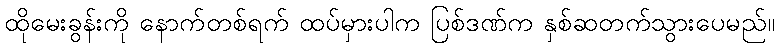
ထိုမေးခွန်းကို နောက်တစ်ရက် ထပ်မှားပါက ပြစ်ဒဏ်က နှစ်ဆတက်သွားပေမည်။